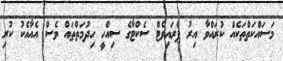
މަސައްކަތްތަކެއް ކުރައްވާ އިރު ޕްރައިވެޓް ސެކްޓާގެ ސިއްހީ ހިދުމަތްތައް ވެސް އެއާއެކު ކުރި